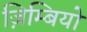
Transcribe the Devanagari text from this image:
ज़िम्बियो